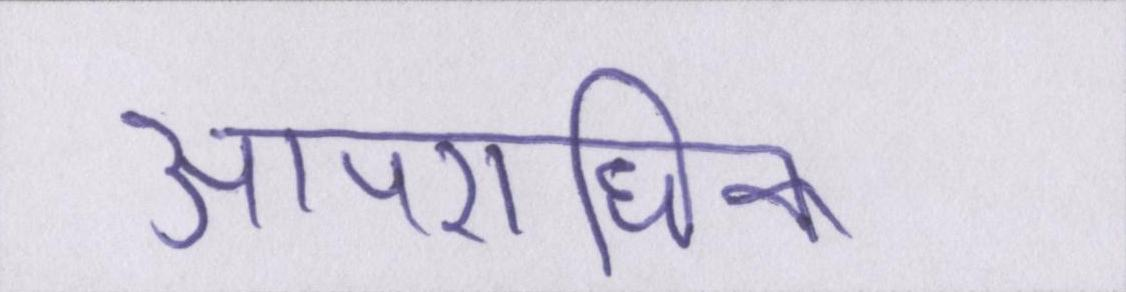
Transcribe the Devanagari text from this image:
आपराधिक